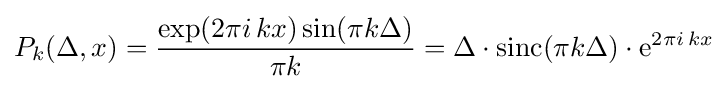
P_{k}(\Delta ,x)={\frac {\exp(2\pi i\,kx)\sin(\pi k\Delta )}{\pi k}}=\Delta \cdot \mathrm {sinc} (\pi k\Delta )\cdot \mathrm {e} ^{2\pi i\,kx}